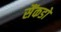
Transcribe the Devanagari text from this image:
सैंकडो